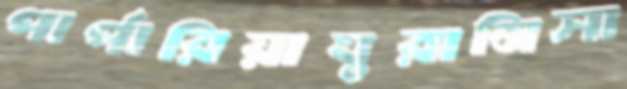
পার্পারিয়াঘুরানিসা